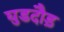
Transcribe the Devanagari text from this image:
घुडदौड़